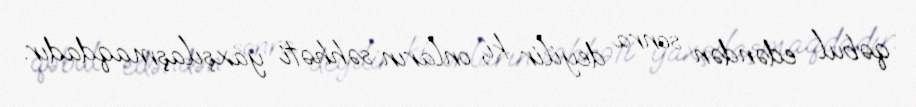
qəbul edəndən sonra deyilir ki, onların səhhəti yaxşılaşmaqdadır.